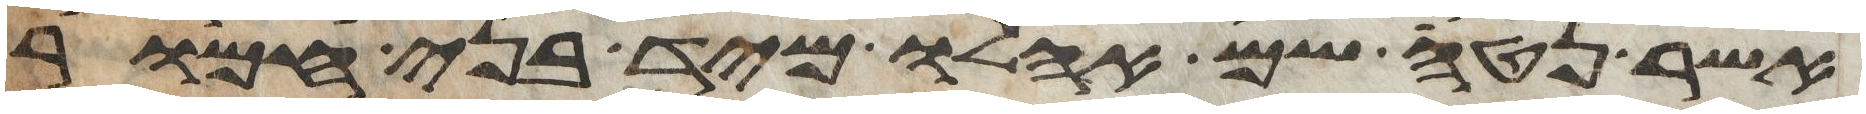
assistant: אשר נטה שם אהלו מיד בני חמור